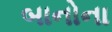
બાનોના